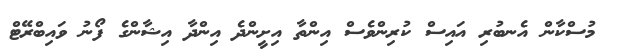
މުސްކާން އެނބުރި އައިސް ކުރިންވެސް އިންތާ އިށީންދެ އިންދާ އިޝާންގެ ފޯނު ވައިބްރޭޓް